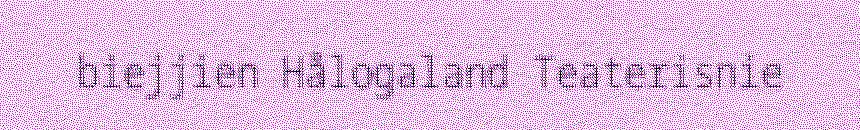
biejjien Hålogaland Teaterisnie